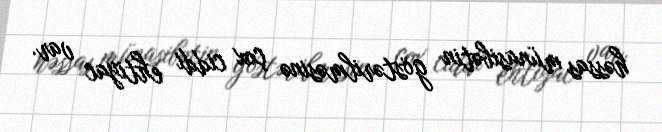
həssas münasibətin göstərilməsinə çox ciddi ehtiyac var.